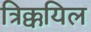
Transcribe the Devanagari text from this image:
त्रिक्कयिल